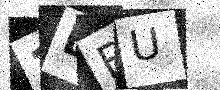
Text: 3DBU